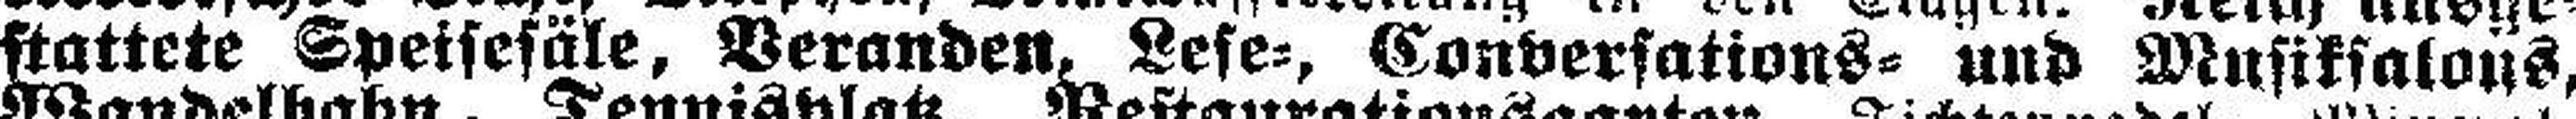
stattete Speisefäle, Veranden, Lese=, Conversations= und Musiksalons,